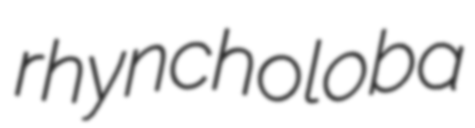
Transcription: rhyncholoba